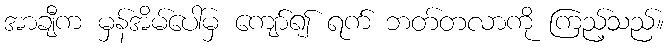
အာချီက မှန်အိမ်ပေါ်မှ ကျော်၍ ရက် ဘတ်တလာကို ကြည့်သည်။